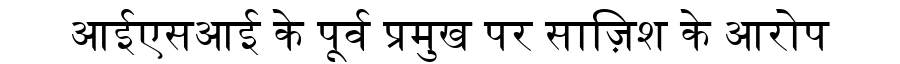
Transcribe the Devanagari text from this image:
आईएसआई के पूर्व प्रमुख पर साज़िश के आरोप